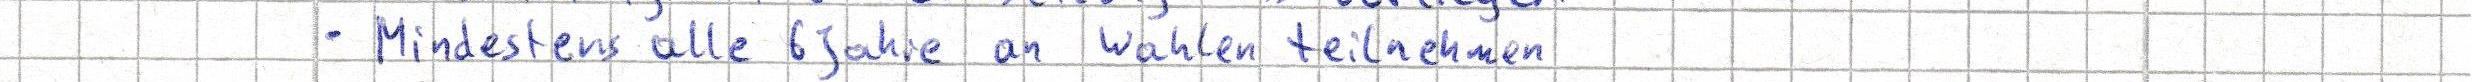
- Mindestens alle 6 Jahre an Wahlen teilnehmen